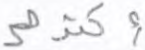
أكثرهم